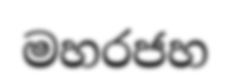
මහරජහ